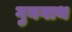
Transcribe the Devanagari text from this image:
गुनगाथ